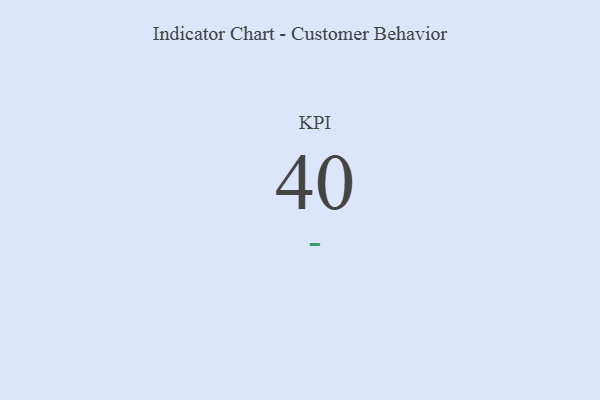
{"axis": {"x": "KPI", "y": "Value"}, "legend": [""], "data": [{"x": "KPI", "y": 40, "type": ""}]}